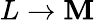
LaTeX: L\rightarrow\mathbf{M}